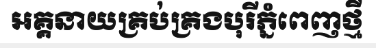
អគ្គនាយគ្រប់គ្រងបុរីភ្នំពេញថ្មី